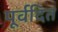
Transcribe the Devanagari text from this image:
पूर्वदित